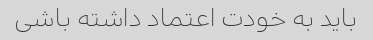
باید به خودت اعتماد داشته باشی